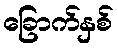
ခြောက်နှစ်